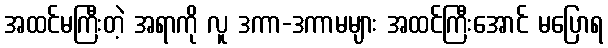
အထင်မကြီးတဲ့ အရာကို လူ ဒကာ-ဒကာမများ အထင်ကြီးအောင် မပြောရ